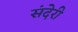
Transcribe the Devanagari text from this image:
संदेरी